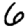
Digit: 6